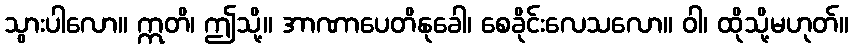
သွားပါလော။ ဣတိ၊ ဤသို့။ အာဏာပေတိနုခေါ၊ စေခိုင်းလေသလော။ ဝါ၊ ထိုသို့မဟုတ်။